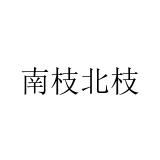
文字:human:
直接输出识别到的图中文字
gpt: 南枝北枝